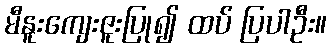
မီနူးကျေးဇူးပြု၍ ထပ် ပြပါဦး။